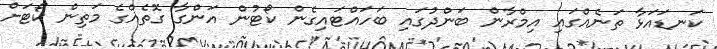
ކަނޑައަޅާ ތަނެއްގައި އިމްރާން ބަންދުގައި ބަހައްޓައިގެން ކޯޓުން އަންގާ ގޮތެެއްގެ މަތިން ކޯޓަށް